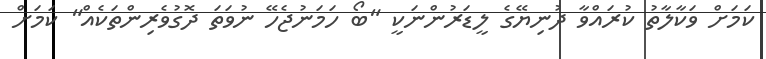
ކަމަށް ވަކާލާތު ކުރައްވާ ދުނިޔޭގެ ލީޑަރުންނަކީ "ބޯ ހަމަނުޖެހޭ ނުވަތަ ދޮގުވެރިންތަކެއް" ކަމަށް